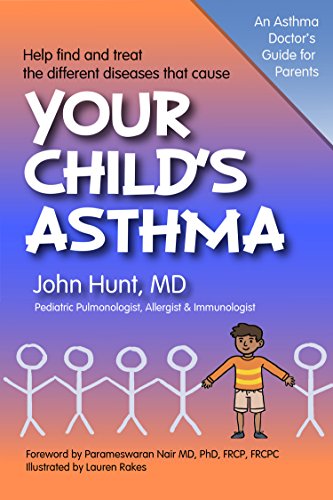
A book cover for Your Child's Asthma: A Guide for Parents; John F. Hunt MD; Health, Fitness & Dieting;